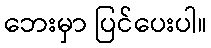
ဘေးမှာ ပြင်ပေးပါ။